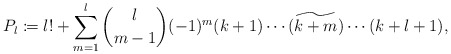
\begin{align*} P_l\coloneqq l!+\sum_{m=1}^l\binom{l}{m-1}(-1)^m(k+1)\cdots {\widetilde{(k+m)}}\cdots(k+l+1),\end{align*}